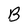
Character: B